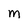
Character: m